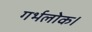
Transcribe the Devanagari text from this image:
गर्भलोक।